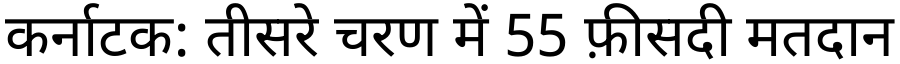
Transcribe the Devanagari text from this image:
कर्नाटक: तीसरे चरण में 55 फ़ीसदी मतदान